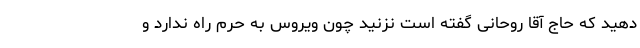
دهید که حاج آقا روحانی گفته است نزنید چون ویروس به حرم راه ندارد و